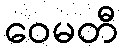
ဝေမတီ